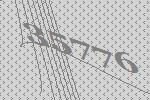
35776